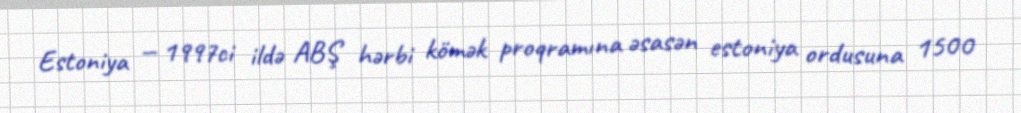
Estoniya — 1997ci ildə ABŞ hərbi kömək proqramına əsasən estoniya ordusuna 1500